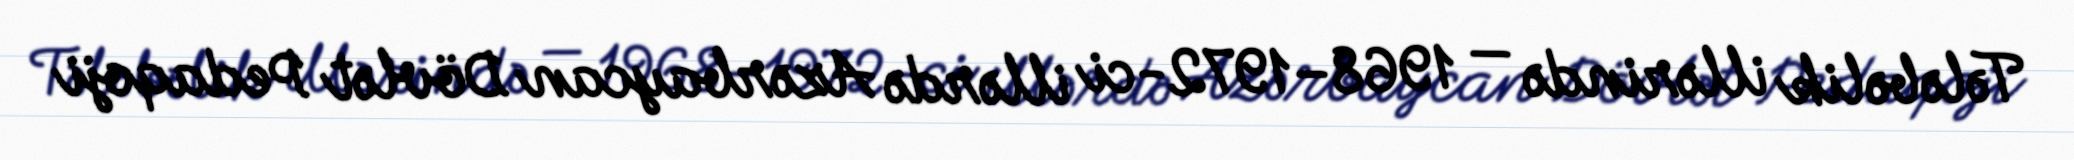
Tələbəlik illərində — 1968–1972-ci illərdə Azərbaycan Dövlət Pedaqoji